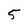
Character: 5